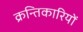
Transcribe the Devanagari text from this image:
क्रन्तिकारियों